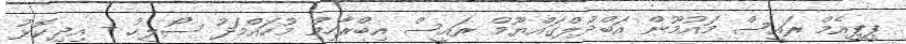
ޕީޕީއެމް ރައީސް މައުމޫން އަބްދުލްގައްޔޫމް ރައީސް އިބްރާހިމް މުހައްމަދު ސޯލިހު + އިދިކޮޅު